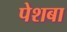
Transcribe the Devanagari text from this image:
पेशबा